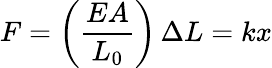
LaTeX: F=\left({\frac{EA}{L_{0}}}\right)\, \Delta L=kx